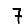
Digit: 7